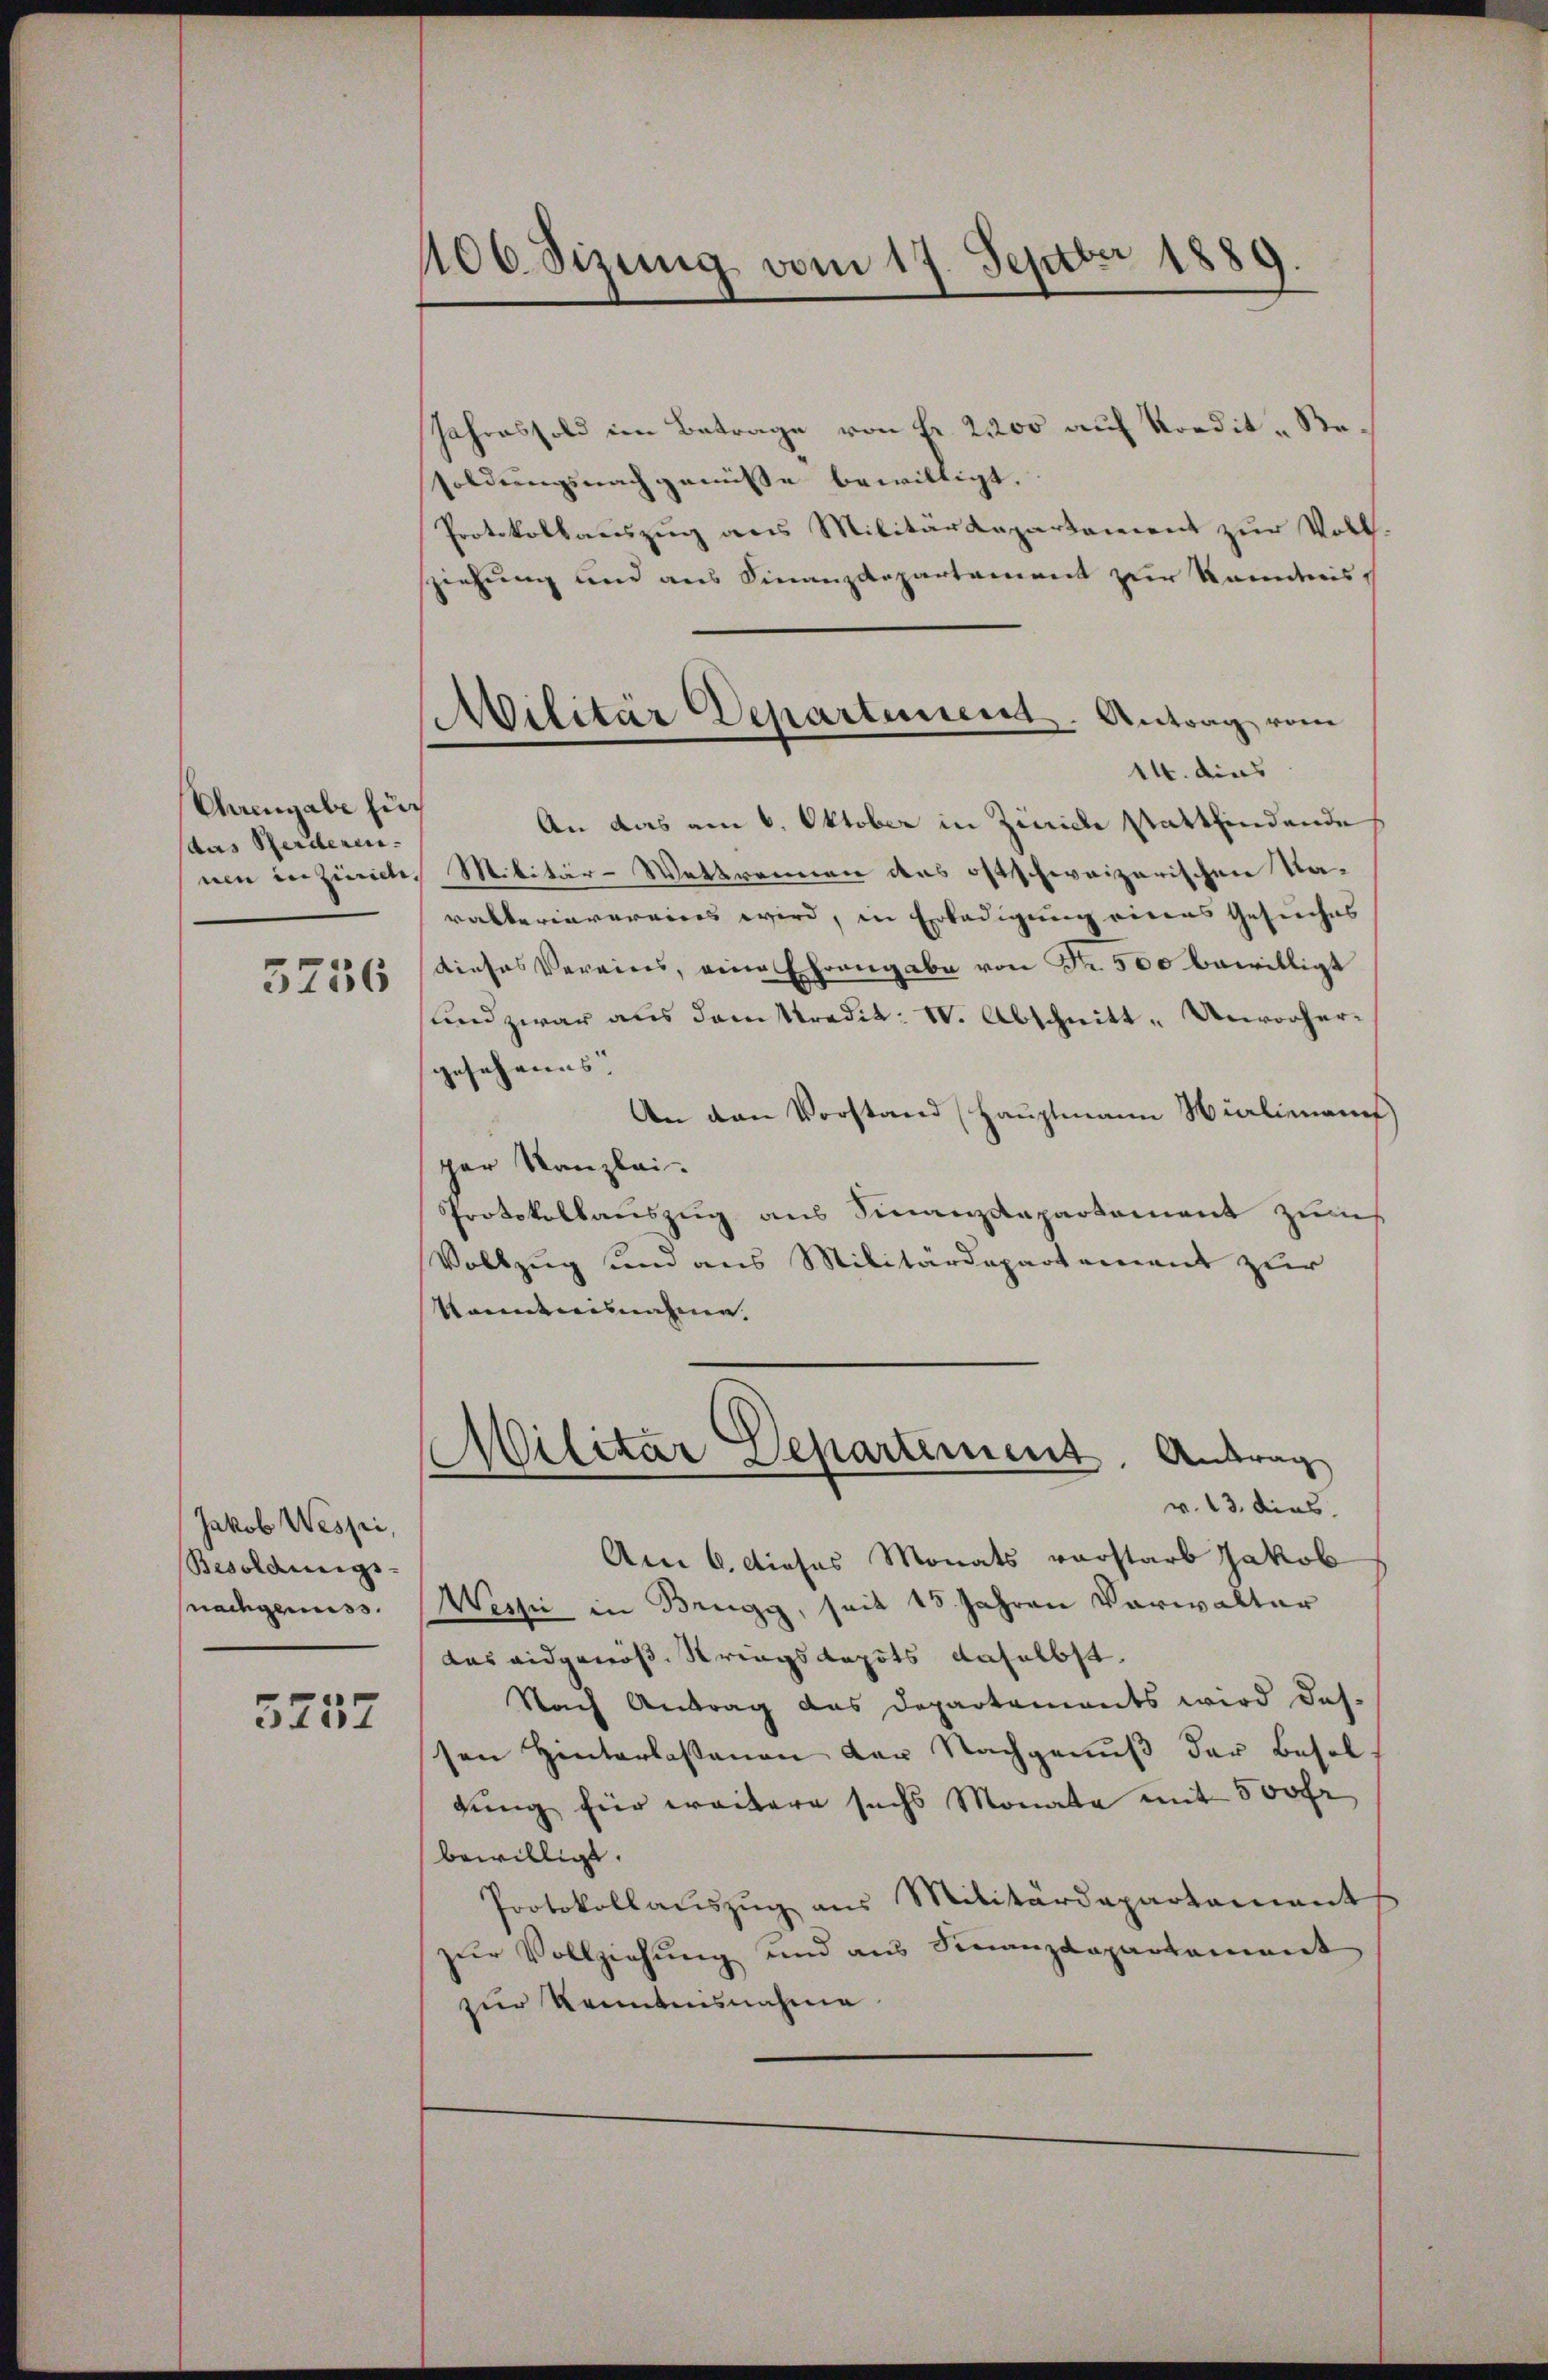
Ehrengabe für
aas Herderen

5256

Jakob Wespi,
Besoldungs-
nachgenuss.

3757

406. Sizung vom 17. Septbr 1889.
.

Militär Departement. Antrag vom
14. dies

Jahres sold im Betrage von Fr. 2200 auf Kordit - Besoldungsnachgenüsse bewilligt.
Protokollauszug aus Militärdepartement zur Voll-
sziehung und aus Finanzdepartement zur Kenntnis,
An das am 6. Oktober in Zinicle stattfindende
nen in zinister Militär-Wettrennen des ostschweizerischen Ka-
rakteriarereines wird, in Erledigung eines Gesuches
dieses Vereins, eine Ehrengabe von Fr. 500 bewilligt
sund zwar aus dem Kredit: I. Abschnitt, Unvorherjesehenes
An den Vorstand (Hauptmann Nicliman
per Kanzlei.
Protokollauszug aus Finanzdepartement zum
Vollzug und aus Militärdepartement zur
kanntnisnahme.
Militar Departement. Antrag
w. 13. dies
Am 6. dieses Monats vorstarb Jakob
Wessi in Brugg, seit 15 Jahren Verwalter
das eidgenöß. Strings depots daselbst.
Nach Antrag des Departements wird das-
sen Hinterlassenen der Nachgenuß der Besol
dung für weitere suchs Monata mit 500 fr
bewilligt.
Protokollaŭszŭg aus Militärdepartament
zur Vollziehung und aus Finanzdepartament
zur Kenntnisnahme